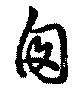
囱